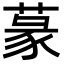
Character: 蒃